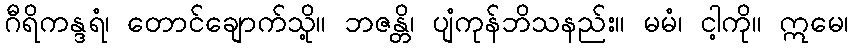
ဂီရိကန္ဒရံ၊ တောင်ချောက်သို့။ ဘဇန္တိ၊ ပျံကုန်ဘိသနည်း။ မမံ၊ ငါ့ကို။ ဣမေ၊